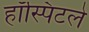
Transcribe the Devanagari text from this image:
हॉस्पिटले